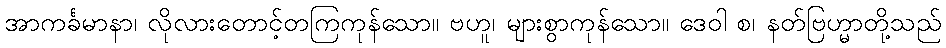
အာကင်္ခမာနာ၊ လိုလားတောင့်တကြကုန်သော။ ဗဟူ၊ များစွာကုန်သော။ ဒေဝါ စ၊ နတ်ဗြဟ္မာတို့သည်